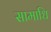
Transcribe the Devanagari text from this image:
सामाधि